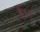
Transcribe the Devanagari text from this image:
ई॰।